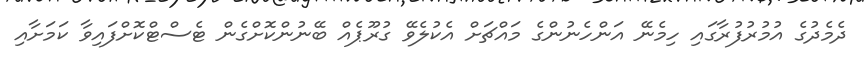
ދެމެދުގެ އުމުރުފުރާގައި ހިމެނޭ އަންހެނުންގެ މައްޗަށް އެކުލެވޭ ގުރޫޕެއް ބޭނުންކޮށްގެން ޓެސްޓްކޮށްފައިވާ ކަމަށާއި